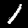
Label: 1